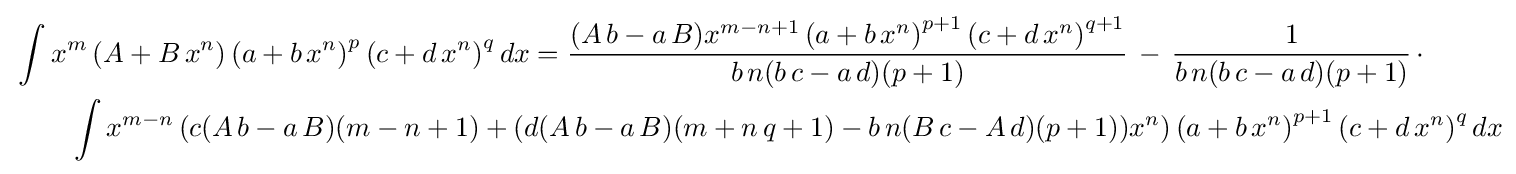
{\begin{aligned}&\int x^{m}\left(A+B\,x^{n}\right)\left(a+b\,x^{n}\right)^{p}\left(c+d\,x^{n}\right)^{q}dx={\frac {(A\,b-a\,B)x^{m-n+1}\left(a+b\,x^{n}\right)^{p+1}\left(c+d\,x^{n}\right)^{q+1}}{b\,n(b\,c-a\,d)(p+1)}}\,-\,{\frac {1}{b\,n(b\,c-a\,d)(p+1)}}\,\cdot \\&\qquad \int x^{m-n}\left(c(A\,b-a\,B)(m-n+1)+(d(A\,b-a\,B)(m+n\,q+1)-b\,n(B\,c-A\,d)(p+1))x^{n}\right)\left(a+b\,x^{n}\right)^{p+1}\left(c+d\,x^{n}\right)^{q}dx\end{aligned}}